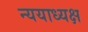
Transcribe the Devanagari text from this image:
न्ययाध्यक्ष